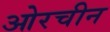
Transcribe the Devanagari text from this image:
ओरचीन